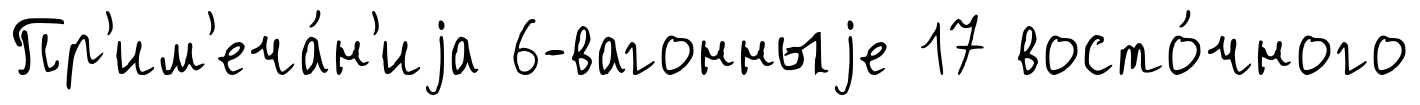
Пр'им'еча́н'иjа 6-вагонныjе 17 восто́чного